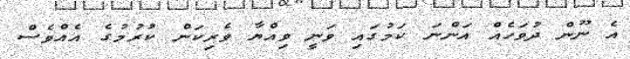
އެ ނޫން ދުވަހެއް އަންނަ ކަމުގައި ވަނީ ވިއްޔާ ވެރިކަން ކުރުމުގެ އެއްވެސް